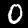
Label: 0